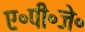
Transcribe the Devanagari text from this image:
ए॰पी॰जे॰